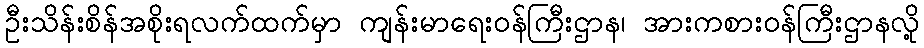
ဦးသိန်းစိန်အစိုးရလက်ထက်မှာ ကျန်းမာရေးဝန်ကြီးဌာန၊ အားကစားဝန်ကြီးဌာနလို့